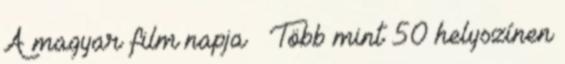
A magyar film napja – Több mint 50 helyszínen